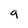
Character: g